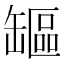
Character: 𦉒